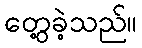
တွေ့ခဲ့သည်။